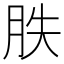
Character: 胅